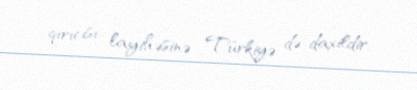
qırıcısı layihəsinə Türkiyə də daxildir.